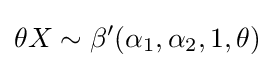
\theta X\sim \beta '(\alpha _{1},\alpha _{2},1,\theta )